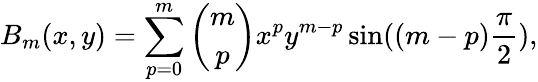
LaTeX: B_{m}(x,y)=\sum_{p=0}^{m}{\binom{m}{p}}x^{p}y^{m-p}\sin((m-p){\frac{\pi}{2}}),